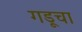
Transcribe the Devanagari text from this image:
गडूचा